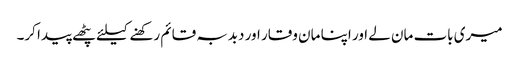
میری بات مان لے اور اپنا مان وقار اور دبدبہ قائم رکھنے کیلئے پٹھے پیدا کر۔